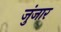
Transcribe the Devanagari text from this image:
जुंजार